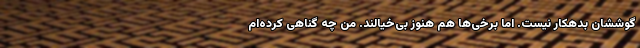
گوششان بدهکار نیست. اما برخی‌ها هم هنوز بی‌خیالند. من چه گناهی کرده‌ام